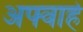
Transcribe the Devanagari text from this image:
अफ्वाहे